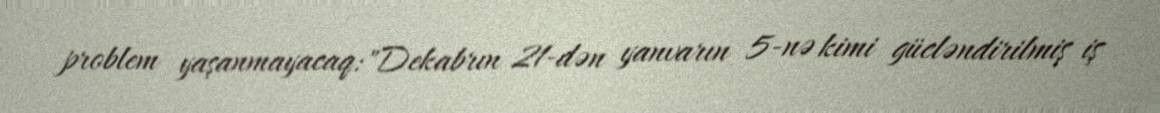
problem yaşanmayacaq:"Dekabrın 21-dən yanvarın 5-nə kimi gücləndirilmiş iş